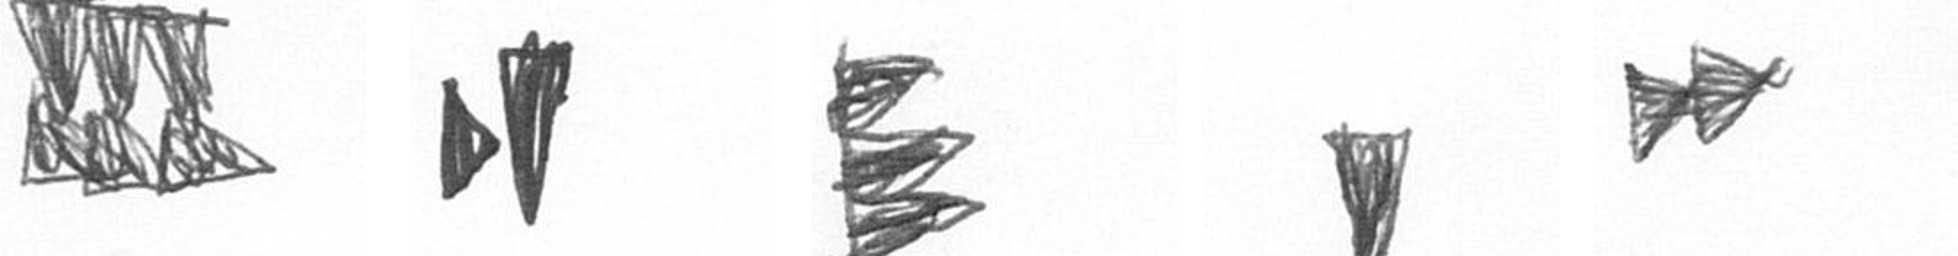
D M H J A